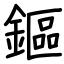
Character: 鏂